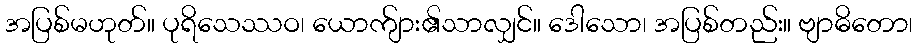
အပြစ်မဟုတ်။ ပုရိသေဿဝ၊ ယောက်ျား၏သာလျှင်။ ဒေါသော၊ အပြစ်တည်း။ ဗျာဓိတော၊